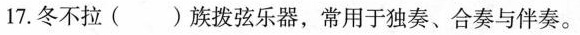
17.冬不拉（）族拨弦乐器，常用于独奏、合奏与伴奏。